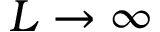
L \rightarrow \infty